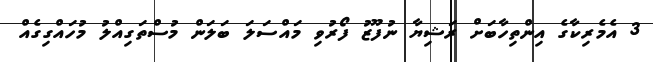
3 އެމެރިކާގެ އިންތިހާބަށް ރަޝިޔާ ނުފޫޒު ފޯރުވި މައްސަލަ ބަލަން މުސްތަގިއްލު މުހައްގިގެއް